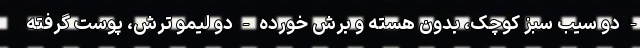
- دو سیب سبز کوچک، بدون هسته و برش خورده - دو لیمو ترش، پوست گرفته